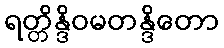
ရတ္တိန္ဒိဝမတန္ဒိတော